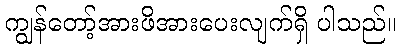
ကျွန်တော့်အားဖိအားပေးလျက်ရှိ ပါသည်။